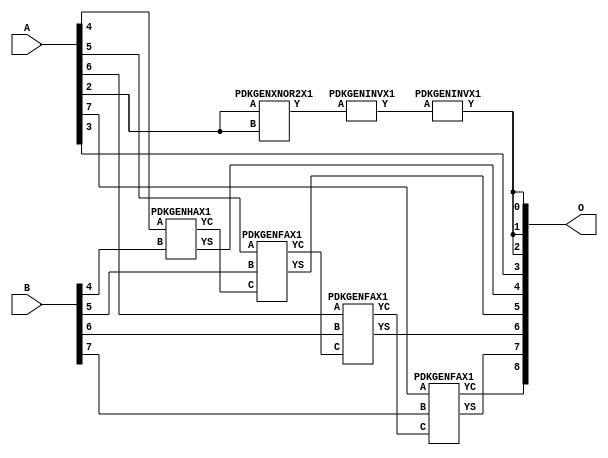
/***
* This code is a part of EvoApproxLib library (ehw.fit.vutbr.cz/approxlib) distributed under The MIT License.
* When used, please cite the following article(s): PRABAKARAN B. S., MRAZEK V., VASICEK Z., SEKANINA L., SHAFIQUE M. ApproxFPGAs: Embracing ASIC-based Approximate Arithmetic Components for FPGA-Based Systems. DAC 2020. 
***/
// MAE% = 1.04 %
// MAE = 5.3 
// WCE% = 2.93 %
// WCE = 15 
// WCRE% = 600.00 %
// EP% = 93.75 %
// MRE% = 2.82 %
// MSE = 42 
// FPGA_POWER = 0.3
// FPGA_DELAY = 6.7
// FPGA_LUT = 4.0


module add8u_5P7(A, B, O);
  input [7:0] A;
  input [7:0] B;
  output [8:0] O;
  wire [2031:0] N;
  assign N[0] = A[0];
  assign N[1] = A[0];
  assign N[2] = A[1];
  assign N[3] = A[1];
  assign N[4] = A[2];
  assign N[5] = A[2];
  assign N[6] = A[3];
  assign N[7] = A[3];
  assign N[8] = A[4];
  assign N[9] = A[4];
  assign N[10] = A[5];
  assign N[11] = A[5];
  assign N[12] = A[6];
  assign N[13] = A[6];
  assign N[14] = A[7];
  assign N[15] = A[7];
  assign N[16] = B[0];
  assign N[17] = B[0];
  assign N[18] = B[1];
  assign N[19] = B[1];
  assign N[20] = B[2];
  assign N[21] = B[2];
  assign N[22] = B[3];
  assign N[23] = B[3];
  assign N[24] = B[4];
  assign N[25] = B[4];
  assign N[26] = B[5];
  assign N[27] = B[5];
  assign N[28] = B[6];
  assign N[29] = B[6];
  assign N[30] = B[7];
  assign N[31] = B[7];
  PDKGENXNOR2X1 n36(.A(N[4]), .B(N[4]), .Y(N[36]));
  PDKGENINVX1 n92(.A(N[36]), .Y(N[92]));
  assign N[93] = N[92];
  PDKGENINVX1 n126(.A(N[93]), .Y(N[126]));
  assign N[127] = N[126];
  PDKGENHAX1 n232(.A(N[8]), .B(N[24]), .YS(N[232]), .YC(N[233]));
  PDKGENFAX1 n282(.A(N[10]), .B(N[26]), .C(N[233]), .YS(N[282]), .YC(N[283]));
  PDKGENFAX1 n332(.A(N[12]), .B(N[28]), .C(N[283]), .YS(N[332]), .YC(N[333]));
  PDKGENFAX1 n382(.A(N[14]), .B(N[30]), .C(N[333]), .YS(N[382]), .YC(N[383]));
  assign O[0] = N[127];
  assign O[1] = N[126];
  assign O[2] = N[126];
  assign O[3] = N[6];
  assign O[4] = N[232];
  assign O[5] = N[282];
  assign O[6] = N[332];
  assign O[7] = N[382];
  assign O[8] = N[383];
endmodule


/* mod */
module PDKGENFAX1( input A, input B, input C, output YS, output YC );
    assign YS = (A ^ B) ^ C;
    assign YC = (A & B) | (B & C) | (A & C);
endmodule
/* mod */
module PDKGENINVX1(input A, output Y );
     assign Y = ~A;
endmodule
/* mod */
module PDKGENHAX1( input A, input B, output YS, output YC );
    assign YS = A ^ B;
    assign YC = A & B;
endmodule
/* mod */
module PDKGENXNOR2X1(input A, input B, output Y );
     assign Y = ~(A ^ B);
endmodule